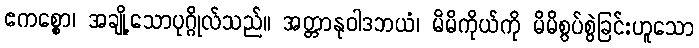
ဧကစ္စော၊ အချို့သောပုဂ္ဂိုလ်သည်။ အတ္တာနုဝါဒဘယံ၊ မိမိကိုယ်ကို မိမိစွပ်စွဲခြင်းဟူသော